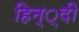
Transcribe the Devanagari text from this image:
हिन््दी